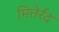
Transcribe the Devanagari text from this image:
मित्तेर्रंद